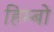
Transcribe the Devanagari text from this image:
हिम्बो